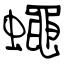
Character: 蠅